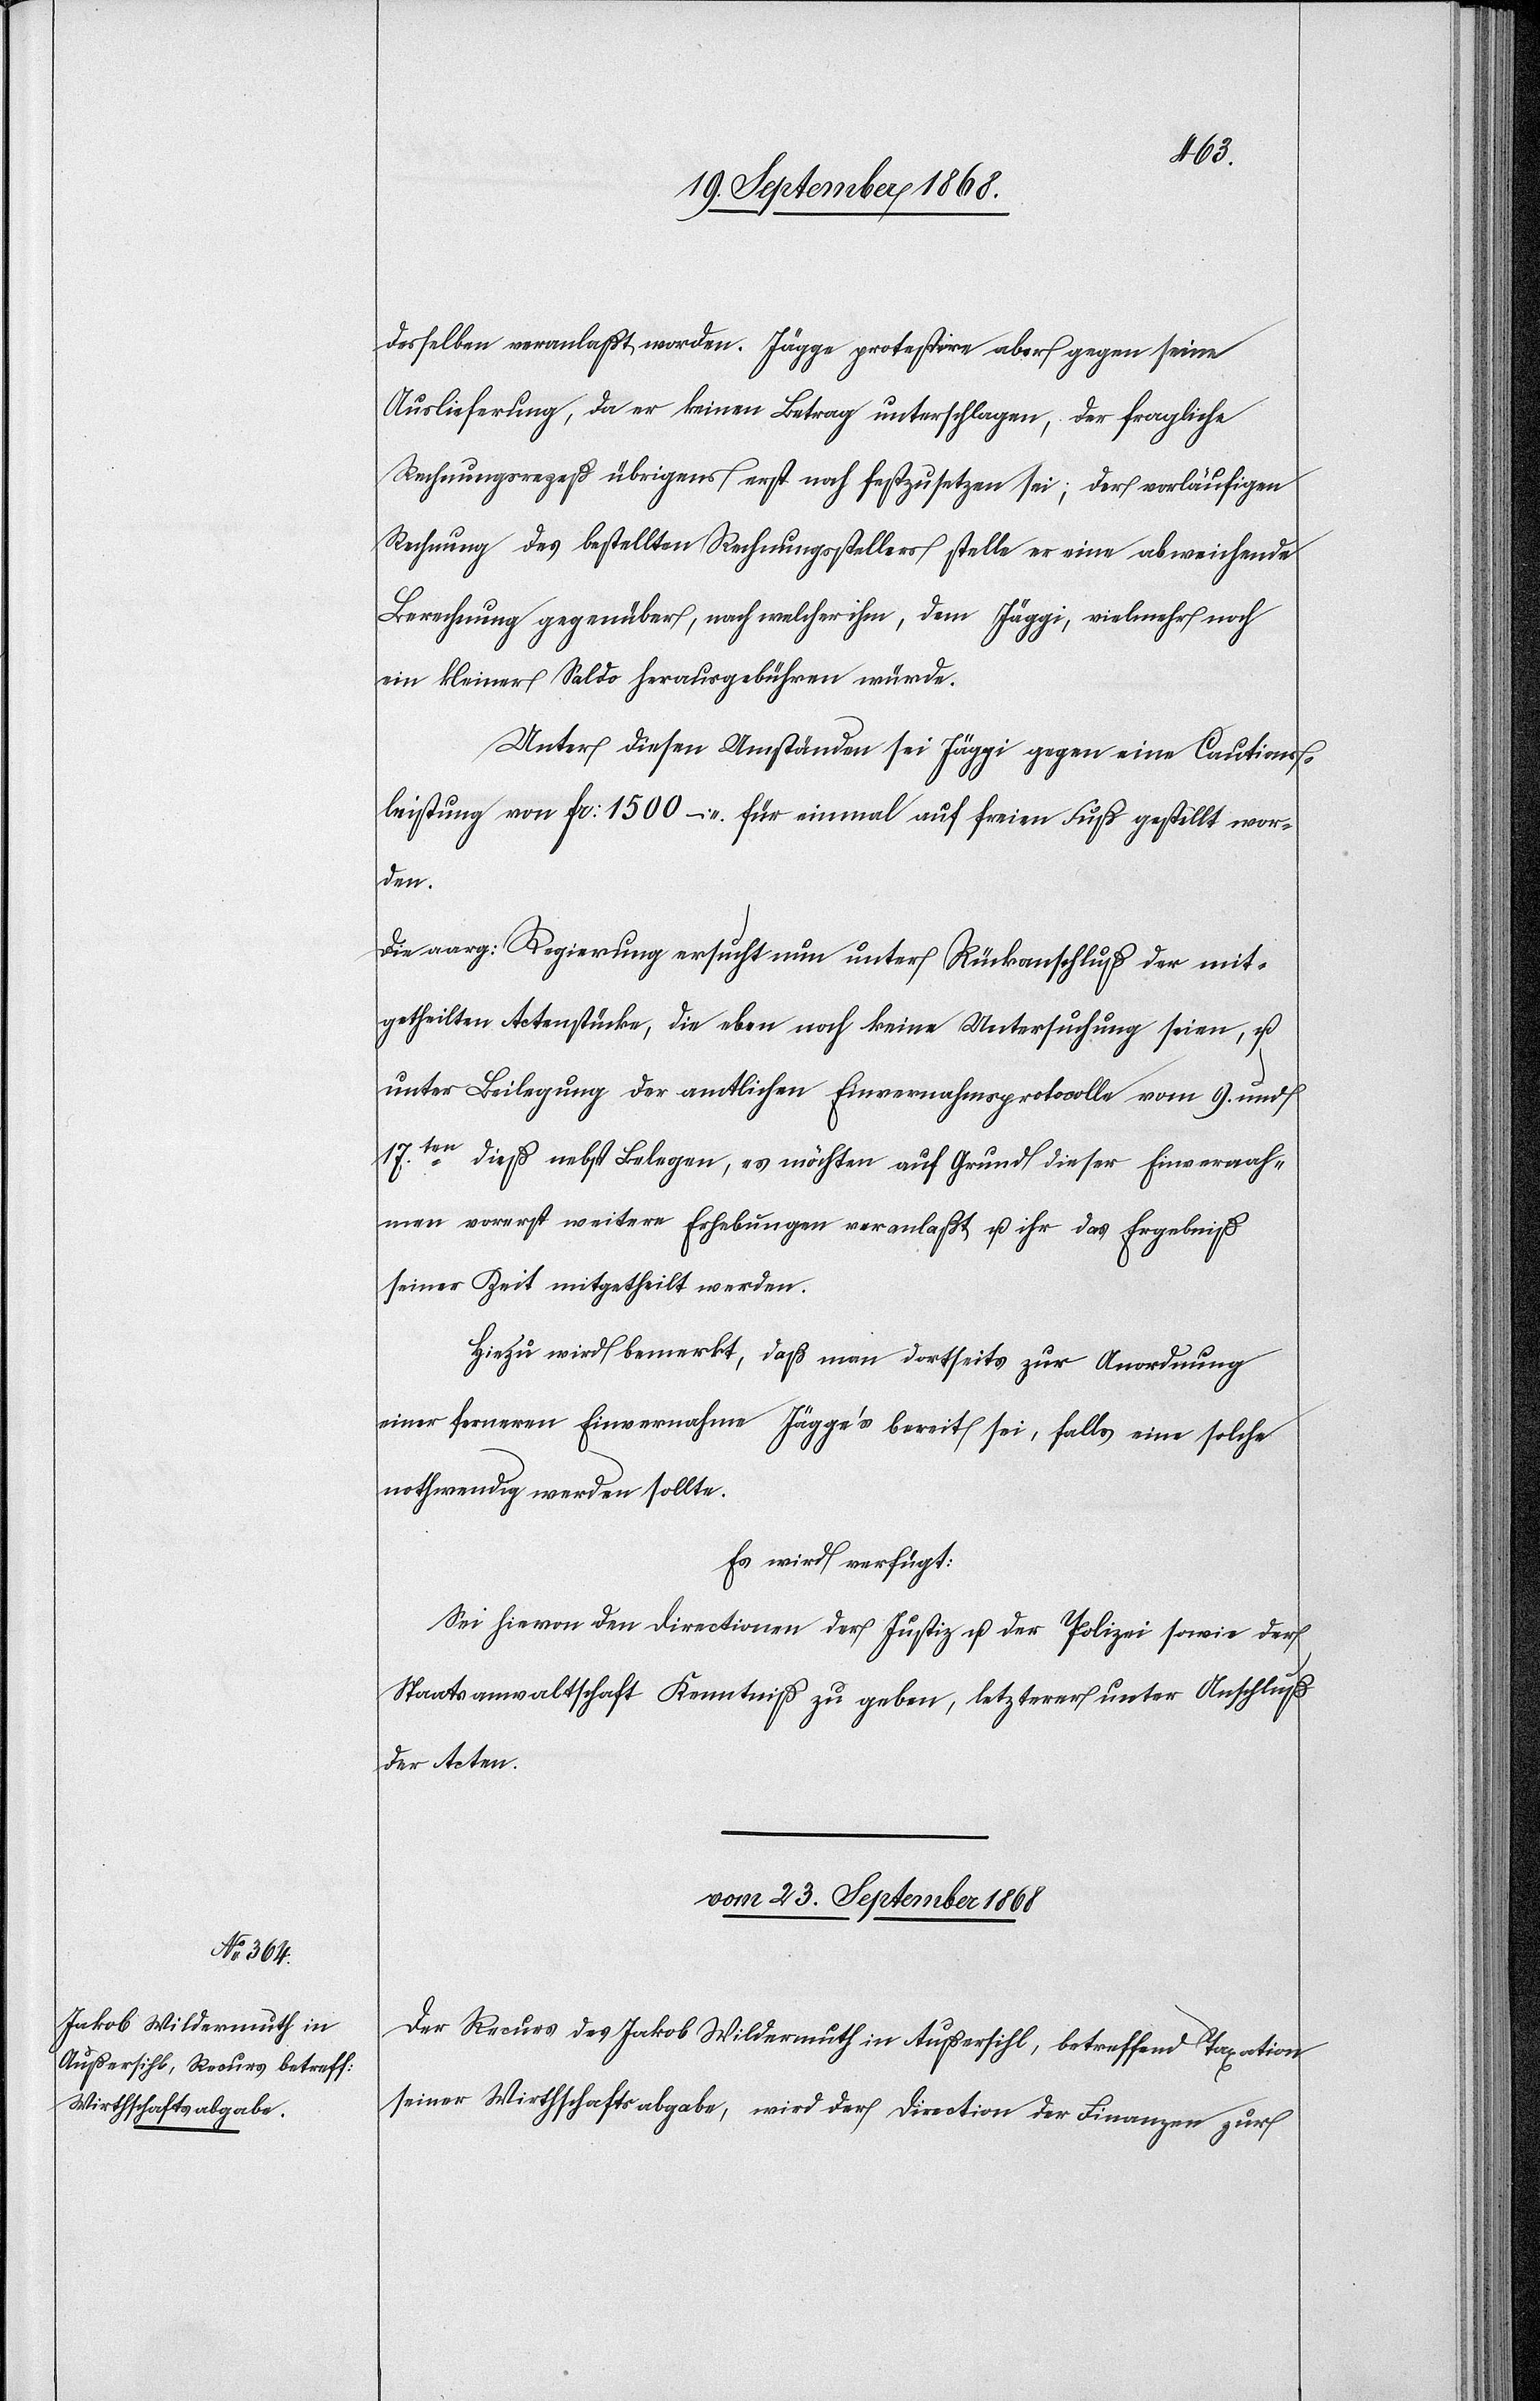
desselben veranlaßt worden. Jägge protestire aber gegen seine
Auslieferung, da er keinen Betrag unterschlagen, der fragliche
Rechnungsrezeß übrigens erst noch festzusetzen sei; der vorläufigen
Rechnung des bestellten Rechnungsstellers stelle er eine abweichende
Berechnung gegenüber, nach welcher ihm, dem Jäggi [sic!], vielmehr noch
ein kleiner Saldo herausgebühren würde.
Unter diesen Umständen sei Jäggi gegen eine Cautions¬
leistung von Fr: 1500 – für einmal auf freien Fuß gestellt wor¬
den.
Die aarg: Regierung ersucht nun unter Rückanschluß der mit¬
getheilten Actenstücke, die eben noch keine Untersuchung seien, u.
unter Beilegung der amtlichen Einvernahmsprotocolle vom 9. und
17ten. dieß nebst Belegen, es möchten auf Grund dieser Einvernah¬
men vorerst weitere Erhebungen veranlaßt u. ihr das Ergebniß
seiner Zeit mitgetheilt werden.
Hiezu wird bemerkt, daß man dortseits zur Anordnung
einer ferneren Einvernahme Jägge’s bereit sei, falls eine solche
nothwendig werden sollte.
Es wird verfügt:
Sei hievon den Directionen der Justiz u. der Polizei sowie der
Staatsanwaltschaft Kenntniß zu geben, letzterer unter Anschluß
der Acten.
vom 23. September 1868
Der Recurs des Jakob Wildermuth in Außersihl, betreffend Taxation
seiner Wirthschaftsabgabe, wird der Direction der Finanzen zur